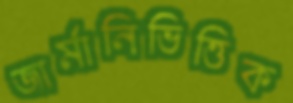
জার্মানিভিত্তিক